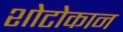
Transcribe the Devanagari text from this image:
शोटोकान